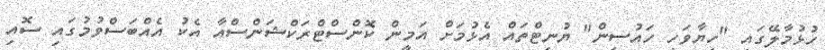
ހުޅުމާލޭގައި "ހިޔާވަހި ހައުސިން" ޔުނިޓްތައް އެޅުމަށް އަމީން ކޮންސްޓްރަކްޝަންސްއާ އެކު އެއްބަސްވުމުގައި ސޮއި